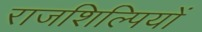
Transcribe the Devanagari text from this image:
राजशिल्पियों